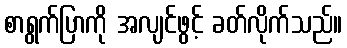
စာရွက်ပြာကို အလျင်ဖွင့် ခတ်လိုက်သည်။